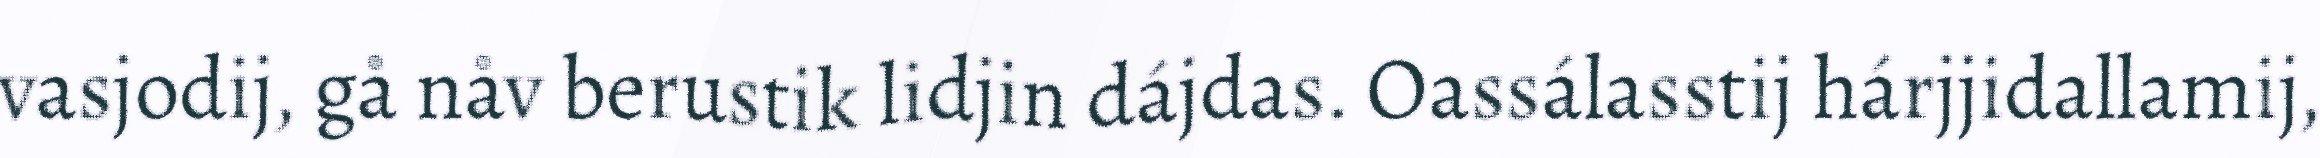
vasjodij, gå nåv berustik lidjin dájdas. Oassálasstij hárjjidallamij,